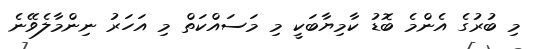
މި ބުރުގެ އެންމެ ބޮޑު ކާމިޔާބަކީ މި މަސައްކަތް މި އަހަރު ނިންމާލެވޭނެ